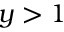
y > 1